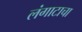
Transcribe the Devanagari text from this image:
लंगाटाचा